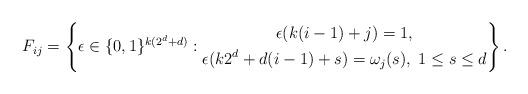
LaTeX: \begin{align*}F_{ij}= \left\{ \epsilon\in \{0,1\}^{k(2^d+d)}:\begin{gathered}\epsilon({k(i-1)+j})=1, \\ \epsilon({k2^d+d(i-1)+s})=\omega_j(s),\;1\leq s\leq d \end{gathered}\right\}.\end{align*}